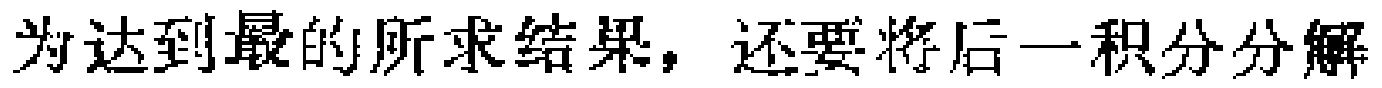
为达到最的所求结果，还要将后一积分分解